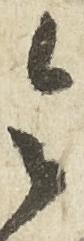
令